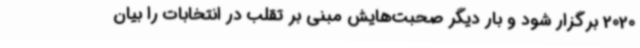
2020 برگزار شود و بار دیگر صحبت‌هایش مبنی بر تقلب در انتخابات را بیان